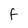
Character: f